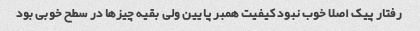
رفتار پیک اصلا خوب نبود کیفیت همبر پایین ولی بقیه چیزها در سطح خوبی بود